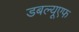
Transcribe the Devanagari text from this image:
डबल्यूएफ